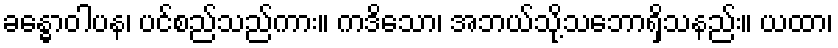
ခန္ဓောဝါပန၊ ပင်စည်သည်ကား။ ကဒိသော၊ အဘယ်သို့သဘောရှိသနည်း။ ယထာ၊